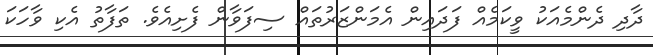
ދާދި ދެންމެއަކު ވީކަމެއް ފަދައިން އެމަންޒަރުތައް ސިފަވާން ފެށިއެވެ. ތަފާތު އެކި ވާހަކަ